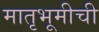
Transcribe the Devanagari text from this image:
मातृभूमीची